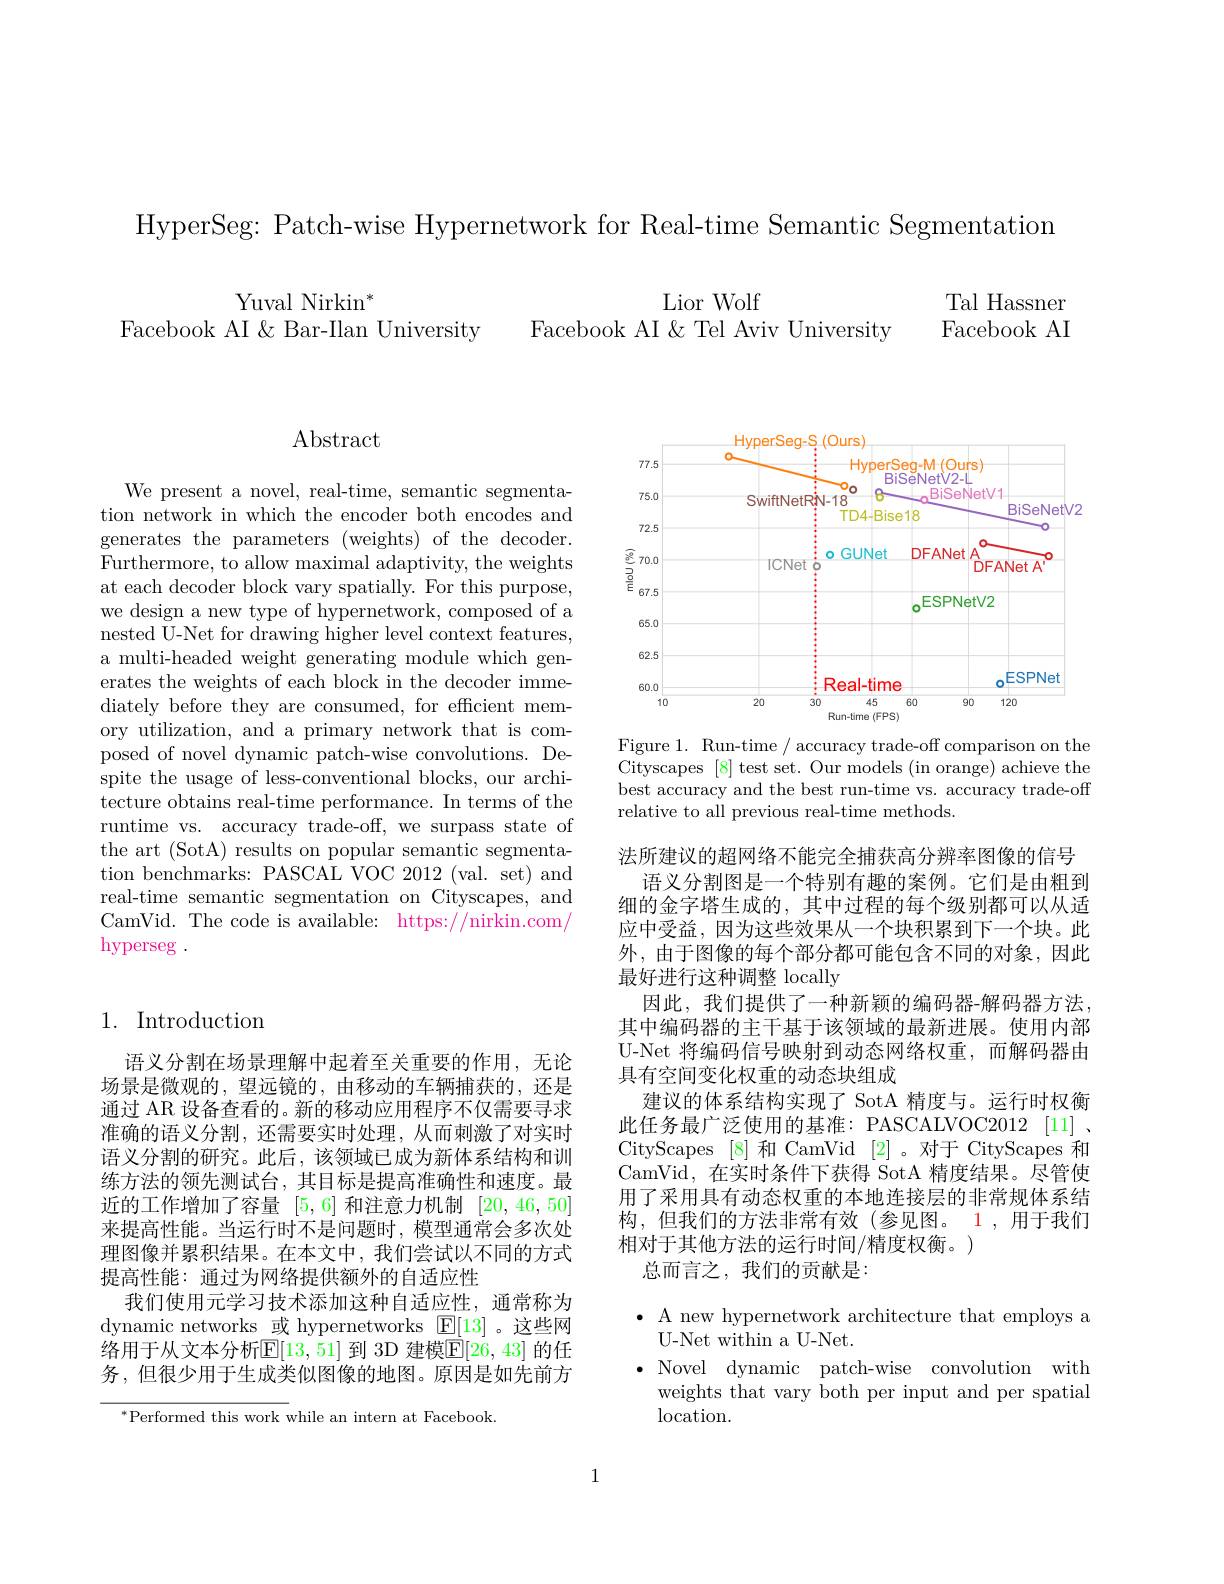
HyperSeg: Patch-wise Hypernetwork for Real-time Semantic Segmentation

$\mathrm{Yuval~Nirkin}^{*}$
Facebook AI & Bar-Ilan University

Lior Wolf
Facebook AI & Tel Aviv University

Tal Hassner Facebook AI

# $\operatorname{Abstract}$

We present a novel, real-time, semantic segmentation network in which the encoder both encodes and generates the parameters (weights) of the decoder. Furthermore, to allow maximal adaptivity, the weights at each decoder block vary spatially. For this purpose, we design a new type of hypernetwork, composed of a nested U-Net for drawing higher level context features, a multi-headed weight generating module which generates the weights of each block in the decoder immediately before they are consumed, for efficient memory utilization, and a primary network that is composed of novel dynamic patch-wise convolutions. Despite the usage of less-conventional blocks, our architecture obtains real-time performance. In terms of the runtime vs. accuracy trade-off, we surpass state of the art (SotA) results on popular semantic segmentation benchmarks: PASCAL VOC 2012 (val. set) and real-time semantic segmentation on Cityscapes, and CamVid. The code is available: https://nirkin.com/ hyperseg .

## 1. Introduction

语义分割在场景理解中起着至关重要的作用，无论场景是微观的，望远镜的，由移动的车辆捕获的，还是通过 AR 设备查看的。新的移动应用程序不仅需要寻求准确的语义分割，还需要实时处理，从而刺激了对实时语义分割的研究。此后，该领域已成为新体系结构和训练方法的领先测试台，其目标是提高准确性和速度。最近的工作增加了容量[5,6]和注意力机制[20,46,50] 来提高性能。当运行时不是问题时，模型通常会多次处理图像并累积结果。在本文中，我们尝试以不同的方式提高性能：通过为网络提供额外的自适应性
我们使用元学习技术添加这种自适应性，通常称为dynamic networks 或 hypernetworks $\boxed{\mathrm{F}}[13]$ 。这些网络用于从文本分析$\mathbb{E}[13,51]$ 到 3D 建模$\mathbb{E}[26,43]$ 的任务，但很少用于生成类似图像的地图。原因是如先前方

$^*$Performed this work while an intern at Facebook.

<FigureHere>

Figure 1. Run-time / accuracy trade-off comparison on the Cityscapes [8] test set. Our models (in orange) achieve the best accuracy and the best run-time vs. accuracy trade-off relative to all previous real-time methods.

法所建议的超网络不能完全捕获高分辨率图像的信号
语义分割图是一个特别有趣的案例。它们是由粗到细的金字塔生成的，其中过程的每个级别都可以从适应中受益，因为这些效果从一个块积累到下一个块。此外，由于图像的每个部分都可能包含不同的对象，因此最好进行这种调整 locally
因此，我们提供了一种新颖的编码器-解码器方法其中编码器的主干基于该领域的最新进展。使用内部U-Net 将编码信号映射到动态网络权重，而解码器由具有空间变化权重的动态块组成
建议的体系结构实现了 SotA 精度与。运行时权衡此任务最广泛使用的基准：PASCALVOC2012 [11] , CityScapes [8]和 CamVid [2]。对于 CityScapes 和CamVid,在实时条件下获得 SotA 精度结果。尽管使用了采用具有动态权重的本地连接层的非常规体系结构，但我们的方法非常有效(参见图。1,用于我们相对于其他方法的运行时间/精度权衡。)
总而言之，我们的贡献是：

$\bullet$ A new hypernetwork architecture that employs a
U-Net within a U-Net.
$\bullet$ Novel dynamic patch-wise convolution with
weights that vary both per input and per spatial
$\operatorname{location}.$

1